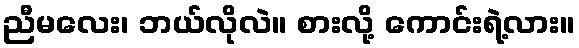
ညီမလေး၊ ဘယ်လိုလဲ။ စားလို့ ကောင်းရဲ့လား။